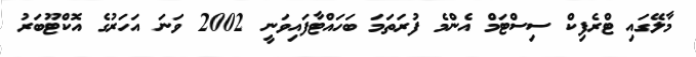
މާލޭގައި ޓްރެފިކް ސިސްޓަމް އެންމެ ފުރަތަމަ ބަހައްޓާފައިވަނީ 2002 ވަނަ އަހަރުގެ އޮކްޓޫބަރު